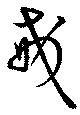
戒